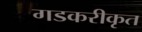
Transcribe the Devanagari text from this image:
गडकरीकृत